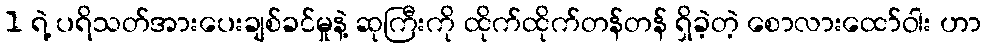
1 ရဲ့ ပရိသတ်အားပေးချစ်ခင်မှုနဲ့ ဆုကြီးကို ထိုက်ထိုက်တန်တန် ရှိခဲ့တဲ့ စောလားထော်ဝါး ဟာ